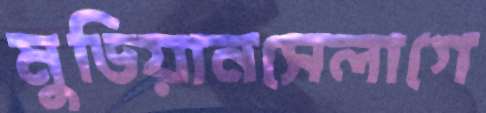
মুডিয়ানসেলাগে